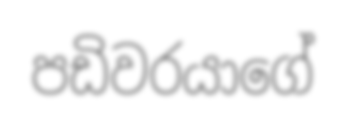
පඩිවරයාගේ